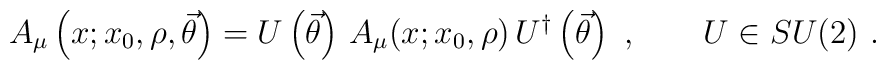
A_\mu \left( x; x_0, \rho, \vec\theta \right)= U \left( \vec\theta \right) \, A_\mu(x; x_0,\rho)\,U^\dagger \left( \vec\theta \right) \ ,\qquad U \in SU(2) \ .